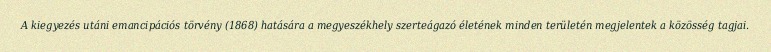
A kiegyezés utáni emancipációs törvény (1868) hatására a megyeszékhely szerteágazó életének minden területén megjelentek a közösség tagjai.